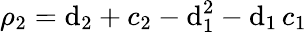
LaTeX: \rho_{2}=\mathrm{d}_{2}+c_{2}-\mathrm{d}_{1}^{2}-\mathrm{d}_{1}\, c_{1}